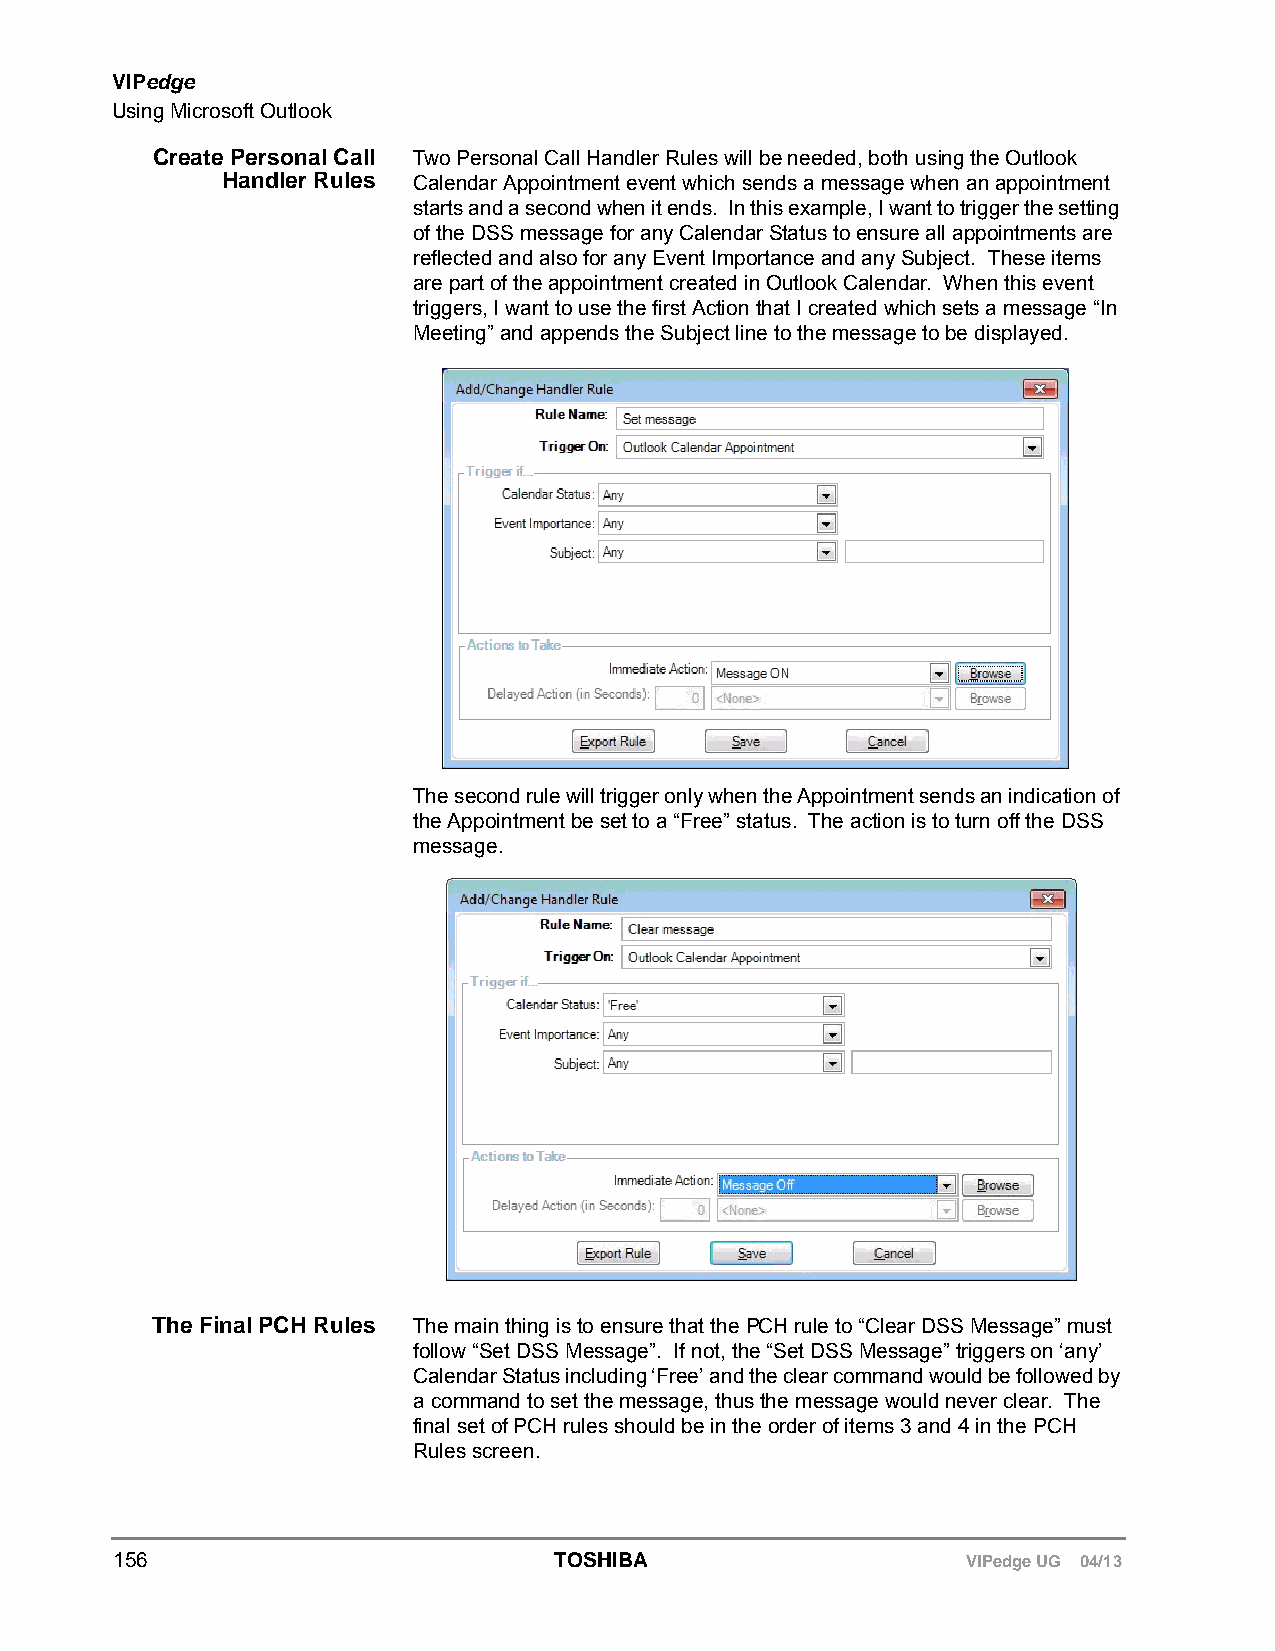
VIPedge
 Using Microsoft Outlook
 Create Personal Call Two Personal Call Handler Rules will be needed, both using the Outlook
 Handler Rules Calendar Appointment event which sends a message when an appointment
 starts and a second when it ends. In this example, I want to trigger the setting
 of the DSS message for any Calendar Status to ensure all appointments are
 reflected and also for any Event Importance and any Subject. These items
 are part of the appointment created in Outlook Calendar. When this event
 triggers, I want to use the first Action that I created which sets a message “In
 Meeting” and appends the Subject line to the message to be displayed.
 The second rule will trigger only when the Appointment sends an indication of
 the Appointment be set to a “Free” status. The action is to turn off the DSS
 message.
 The Final PCH Rules The main thing is to ensure that the PCH rule to “Clear DSS Message” must
 follow “Set DSS Message”. If not, the “Set DSS Message” triggers on ‘any’
 Calendar Status including ‘Free’ and the clear command would be followed by
 a command to set the message, thus the message would never clear. The
 final set of PCH rules should be in the order of items 3 and 4 in the PCH
 Rules screen.
 156                          TOSHIBA                    VIPedge UG 04/13